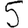
Digit: 5